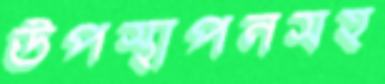
উপস্থাপনসহ